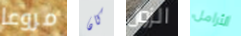
مروعا كان الزوال الأرامل